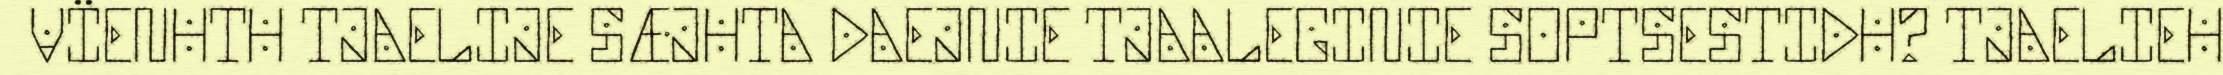
VÏENHTH TJAELIJE SÆJHTA DAEJNIE TJAALEGINIE SOPTSESTIDH? TJAELIEH